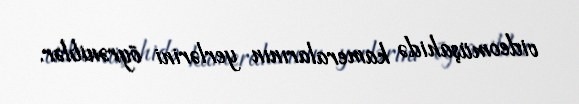
videomüşahidə kameralarının yerlərini öyrəniblər.